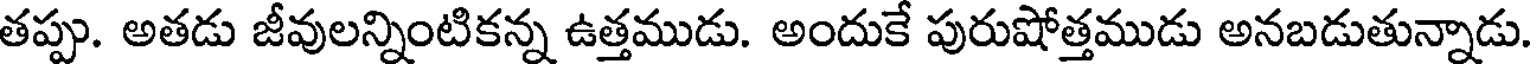
తప్పు. అతడు జీవులన్నింటికన్న ఉత్తముడు. అందుకే పురుషోత్తముడు అనబడుతున్నాడు